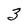
Character: 3